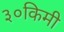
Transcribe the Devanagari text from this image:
३०किमी